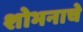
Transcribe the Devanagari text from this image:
शोभनाचे